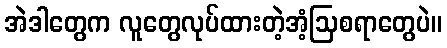
အဲဒါတွေက လူတွေလုပ်ထားတဲ့အံ့ဩစရာတွေပဲ။